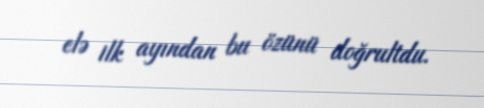
elə ilk ayından bu özünü doğrultdu.